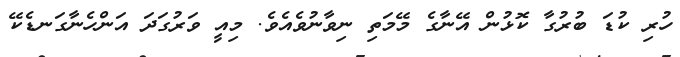
ހުރި ކުޑަ ބުރުގާ ކޮޅުން އޭނާގެ މޭމަތި ނިވާނުވެއެވެ. މިއީ ވަރުގަދަ އަންހެނާގަނޑެކޭ